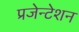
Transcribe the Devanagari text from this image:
प्रजेन्टेशन